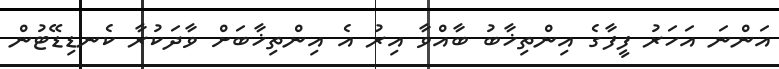
އަންނަ އަހަރު ފީފާގެ އިންތިޚާބު ބާއްވާ އިރު އެ އިންތިޚާބަށް ވާދަކުރާ ކެނޑިޑޭޓުން